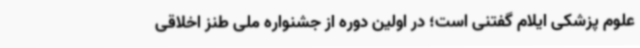
علوم پزشکی ایلام گفتنی است؛ در اولین دوره از جشنواره ملی طنز اخلاقی